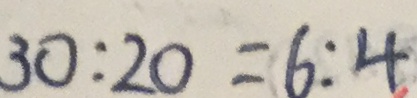
3 0 : 2 0 = 6 : 4